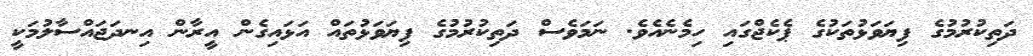
ދަތިކުރުމުގެ ފިޔަވަޅުތަކުގެ ޕެކެޖްގައި ހިމެނެއެވެ. ނަމަވެސް ދަތިކުރުމުގެ ފިޔަވަޅުތައް އަޅައިގެން އީރާން އިނދަޖައްސާލުމަކީ